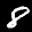
Digit: 8